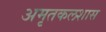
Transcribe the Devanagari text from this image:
अमृतकलशास